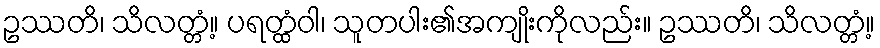
ဥဿတိ၊ သိလတ္တံ့။ ပရတ္ထံဝါ၊ သူတပါး၏အကျိုးကိုလည်း။ ဥဿတိ၊ သိလတ္တံ့။